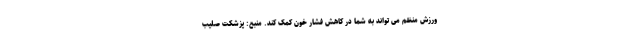
ورزش منظم می تواند به شما در کاهش فشار خون کمک کند. منبع: پزشکت صلیب